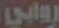
روابي